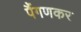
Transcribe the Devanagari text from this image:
पैंगणकर